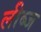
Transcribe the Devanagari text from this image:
लीब्ज